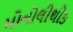
મોનોલીથીક